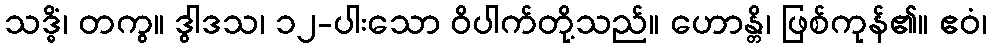
သဒ္ဓိံ၊ တကွ။ ဒွါဒသ၊ ၁၂-ပါးသော ဝိပါက်တို့သည်။ ဟောန္တိ၊ ဖြစ်ကုန်၏။ ဧဝံ၊